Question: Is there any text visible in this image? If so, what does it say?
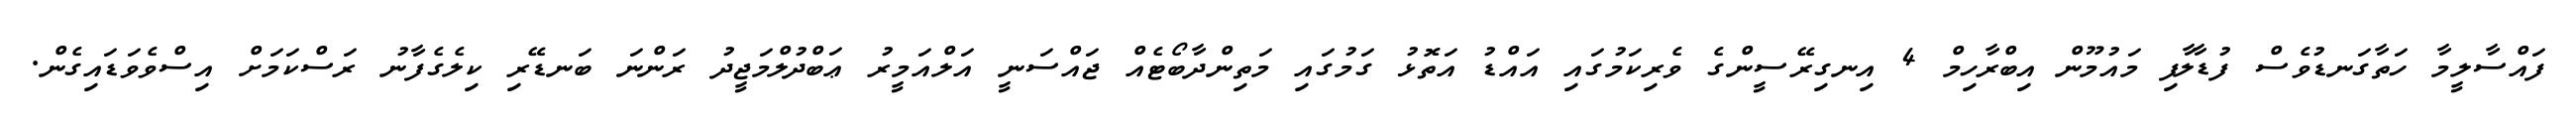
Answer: ފައްސާލީމާ ހަތާގަނޑުވެސް ފުޑާލާފި މައުމޫން އިބްރާހިމް 4 އިނގިރޭސީންގެ ވެރިކަމުގައި އައްޑު އަތޮޅު ގަމުގައި މަތިންދާބޯޓެއް ޖައްސަނީ އަލްއަމީރު ޢަބްދުލްމަޖީދު ރަންނަ ބަނޑޭރި ކިލެގެފާނު ރަސްކަމަށް އިސްވެވަޑައިގެން.